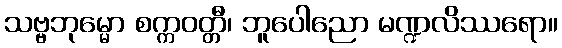
သဗ္ဗဘုမ္မော စက္ကဝတ္တီ၊ ဘူပေါညော မဏ္ဍလိဿရော။